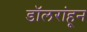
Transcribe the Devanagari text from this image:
डॉलरांहून